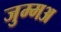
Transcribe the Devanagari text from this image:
जुम्मअ